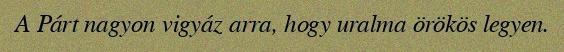
A Párt nagyon vigyáz arra, hogy uralma örökös legyen.